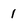
Character: 1